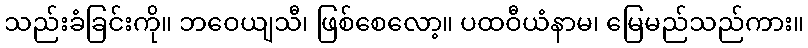
သည်းခံခြင်းကို။ ဘဝေယျသီ၊ ဖြစ်စေလော့။ ပထဝီယံနာမ၊ မြေမည်သည်ကား။